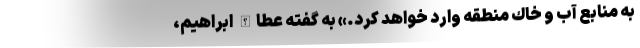
به منابع آب و خاك منطقه وارد خواهد كرد.» به گفته عطاالله ابراهيم،